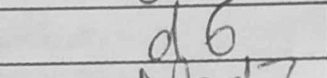
Transcription: d6